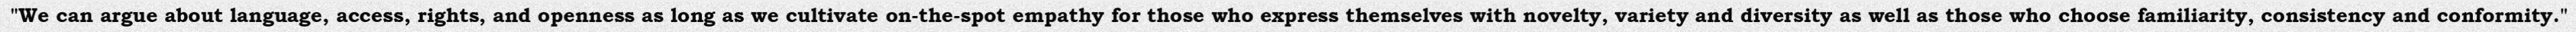
"We can argue about language, access, rights, and openness as long as we cultivate on-the-spot empathy for those who express themselves with novelty, variety and diversity as well as those who choose familiarity, consistency and conformity."